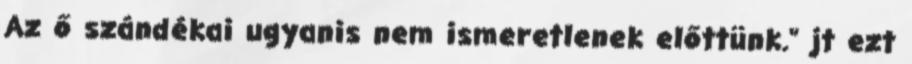
Az ő szándékai ugyanis nem ismeretlenek előttünk." jt ezt